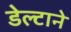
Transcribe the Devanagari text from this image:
डेल्टाने